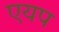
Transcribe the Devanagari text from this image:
एयप